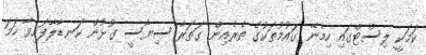
ކަމަކީ ލިސްޓްގައި ހިމެނޭ ގައުމުތަކުގެ ތެރެއިން ގަތަރާ ސިޔާސީ ގުޅުން ކަނޑާލާފައިވާ ހަމަ